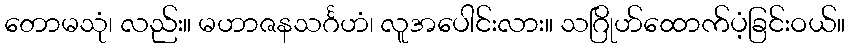
တောမသုံ၊ လည်း။ မဟာဇနသင်္ဂဟံ၊ လူအပေါင်းလား။ သဂြိုဟ်ထောက်ပံ့ခြင်းဝယ်။